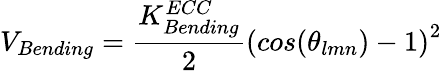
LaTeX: V_{Bending}=\frac{K_{Bending}^{ECC}}{2}\left(cos(\theta_{lmn})-1\right)^{2}